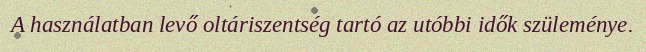
A használatban levő oltáriszentség tartó az utóbbi idők szüleménye.